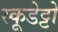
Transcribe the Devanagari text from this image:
स्कूडेट्टो